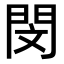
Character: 閔